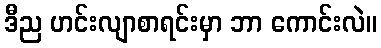
ဒီည ဟင်းလျာစာရင်းမှာ ဘာ ကောင်းလဲ။